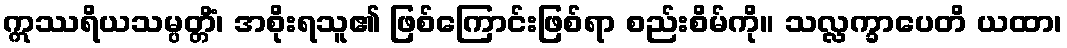
ဣဿရိယသမ္ပတ္တိံ၊ အစိုးရသူ၏ ဖြစ်ကြောင်းဖြစ်ရာ စည်းစိမ်ကို။ သလ္လက္ခာပေတိ ယထာ၊